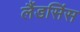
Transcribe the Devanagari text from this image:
लैंडसिंस